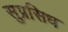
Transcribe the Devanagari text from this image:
सुप्रसिध